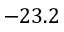
- 2 3 . 2